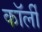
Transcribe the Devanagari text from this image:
कॉर्ली